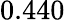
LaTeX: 0.440